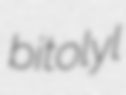
bitolyl